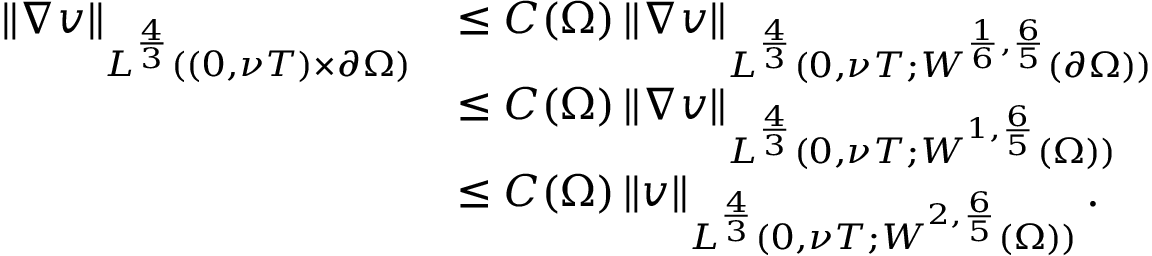
\begin{array} { r l } { \left\lVert \nabla v \right\rVert _ { L ^ { \frac 4 3 } ( ( 0 , \nu T ) \times \partial \Omega ) } } & { \le C ( \Omega ) \left\lVert \nabla v \right\rVert _ { L ^ { \frac 4 3 } ( 0 , \nu T ; W ^ { \frac 1 6 , \frac 6 5 } ( \partial \Omega ) ) } } \\ & { \le C ( \Omega ) \left\lVert \nabla v \right\rVert _ { L ^ { \frac 4 3 } ( 0 , \nu T ; W ^ { 1 , \frac 6 5 } ( \Omega ) ) } } \\ & { \le C ( \Omega ) \left\lVert v \right\rVert _ { L ^ { \frac 4 3 } ( 0 , \nu T ; W ^ { 2 , \frac 6 5 } ( \Omega ) ) } . } \end{array}